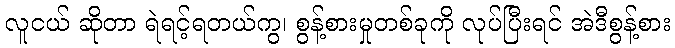
လူငယ် ဆိုတာ ရဲရင့်ရတယ်ကွ၊ စွန့်စားမှုတစ်ခုကို လုပ်ပြီးရင် အဲဒီစွန့်စား